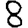
Digit: 8